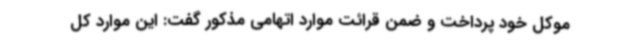
موکل خود پرداخت و ضمن قرائت موارد اتهامی مذکور گفت: این موارد کل